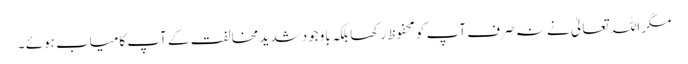
مگر اللہ تعالیٰ نے نہ صرف آپ کو محفوظ رکھا بلکہ باوجود شدید مخالفت کے آپ کامیاب ہوئے ۔